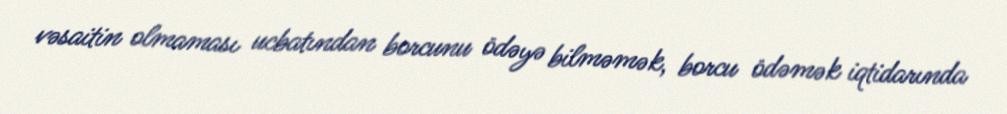
vəsaitin olmaması ucbatından borcunu ödəyə bilməmək, borcu ödəmək iqtidarında